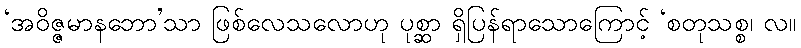
‘အဝိဇ္ဇမာနဘော’သာ ဖြစ်လေသလောဟု ပုစ္ဆာ ရှိပြန်ရာသောကြောင့် ‘စတုသစ္စ၊ လ။